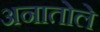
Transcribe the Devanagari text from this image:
अनातोले